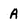
Character: A